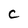
Character: c